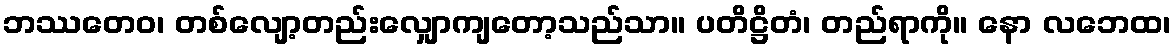
ဘဿတေဝ၊ တစ်လျော့တည်းလျှောကျတော့သည်သာ။ ပတိဋ္ဌိတံ၊ တည်ရာကို။ နော လဘေထ၊